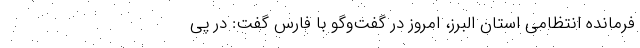
فرمانده انتظامی استان البرز، امروز در گفت‌وگو با فارس گفت: در پی